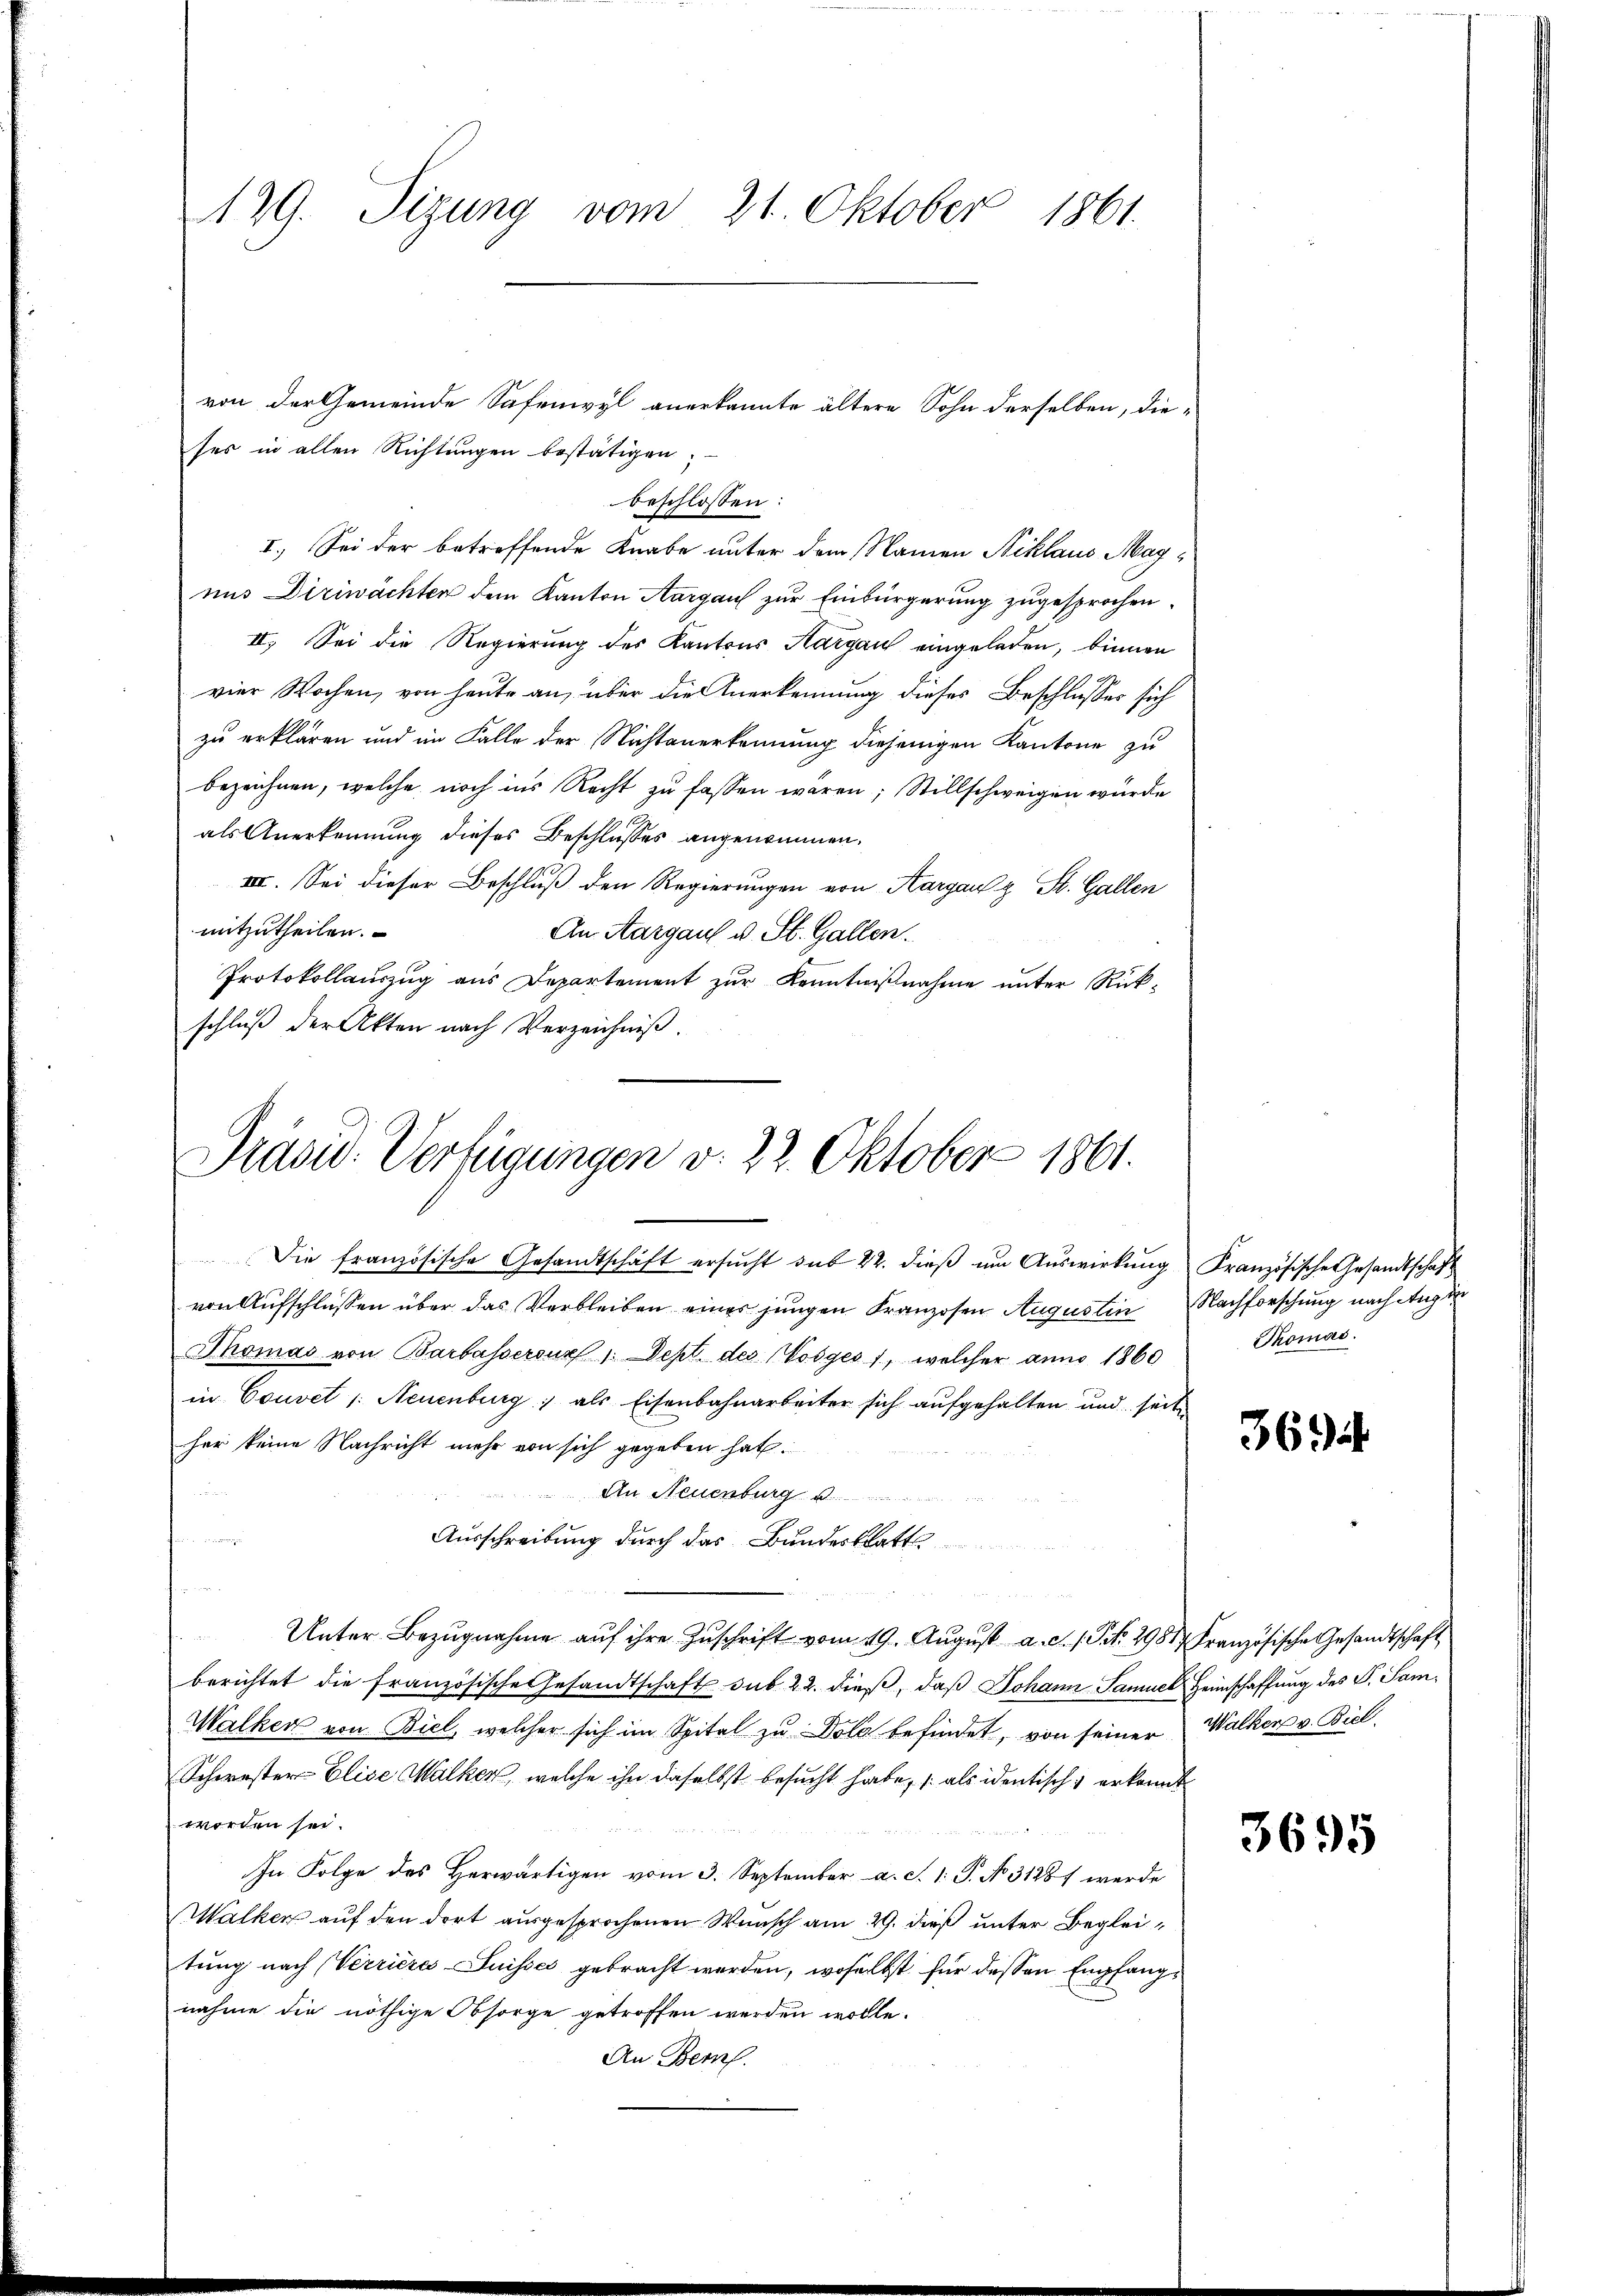
129. Sizung vom 21. Oktober 1861.

ses in allen Richtungen bestätigen;
I., Sei der betreffende Knabe unter dem Namen Niklaus Magnus Diriwächter dem Kanton Aargau zur Einbürgerung zugesprochen.
II. Sei die Regierung des Kantons Aargau eingeladen, binnen
vier Wochen, von heute an, über die Anerkennung dieses Beschlusses sich
zu erklären und im Falle der Nichtanerkennung diejenigen Kantone zu
bezeichnen, welche noch ins Recht zu fassen wären; Stillschweigen wurde
als Anerkennung dieses Beschlusses angenommen.
III. Sei dieser Beschluß den Regierungen von Aargau St. Gallen
mitzutheilen.
An Aargau v. St. Gallen.
Protokollauszug aus Departement zur Kenntnißnahme unter Rück-
schluß der Akten nach Verzeichniß.

von der Gemeinde Safenwyl anerkannte ältere Sohn derselben, die-
beschlossen:

Präsid. Verfügungen v. 22. Oktober 1861.

Die französische Gesandtschäft ersŭcht sub 22. dieβ ŭm Aŭswirkung Französische Gesandtschaft
von Aufschlüssen über das Verbleiben einer jungen Franzosen Augustin Nachforschung nach Augen
Thomas von Barbasserouxf 1. Dept des Vorges, welcher anno 1860
in Couvet /: Neuenburg, als Eisenbahnarbeiter sich aufgehalten und seit
her keine Nachricht mehr von sich gegeben hat.
An Neuenburg
Ausschreibung durch das Bundesblatt
14
Unter Bezŭgnahme aŭf ihre Zŭschrift vom 19. Aŭgŭst a. d. 1 S. 298, Französische Gesandtschaft
berichtet die französische Gesandtschaft sub. 22. dieß, daß Johann Samuel Heimschaffung des G. Sam¬
Walken von Biel, welcher sich im Spital zu Dole befindet, von seiner Walker v. Biel
Schwester-Elise Walker, welche ihn daselbst besucht habe, als identisch erkennt
worden sei.
In Folge des Herwärtigen vom 3. September a. S. 1 S. N. 31287 werde
Walker auf den dort ausgesprochenen Wunsch am 29. dieß unter Begleitung nach Verrière-Suisses gebracht werden, woselbst für dessen Empfangnahme die nöthige Obsorge getroffen werden wolle.
An Bern.

Thomas.

3694

3695